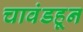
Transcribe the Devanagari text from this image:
चावंडहून